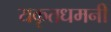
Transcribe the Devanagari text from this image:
यकृतधमनी